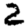
Digit: 2